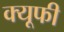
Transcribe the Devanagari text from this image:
क्यूफी